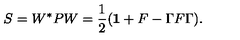
S = W ^ { * } P W = \frac { 1 } { 2 } ( { \bf 1 } + F - \Gamma F \Gamma ) .